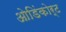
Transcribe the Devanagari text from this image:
ओडिंकोर्ट